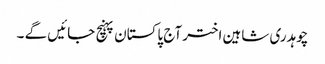
چوہدری شاہین اختر آج پاکستان پہنچ جائیں گے ۔